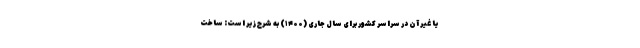
یا غیر آن در سراسر کشور برای سال جاری (۱۴۰۰) به شرح زیر است: ساخت